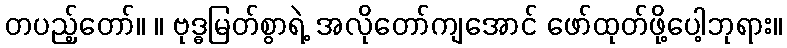
တပည့်တော်။ ။ ဗုဒ္ဓမြတ်စွာရဲ့ အလိုတော်ကျအောင် ဖော်ထုတ်ဖို့ပေါ့ဘုရား။